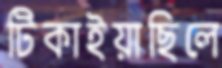
টিকাইয়াছিলে